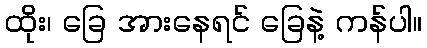
ထိုး၊ ခြေ အားနေရင် ခြေနဲ့ ကန်ပါ။